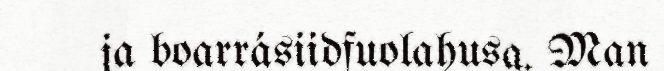
ja boarrásiidfuolahusa. Man